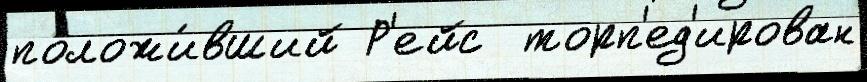
положи́вший Р'ейс  торп'ед'ирован